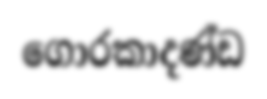
ගොරකාදණ්ඩ